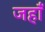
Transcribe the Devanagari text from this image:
जहाँं